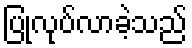
ပြုလုပ်လာခဲ့သည်